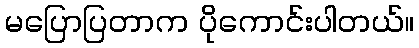
မပြောပြတာက ပိုကောင်းပါတယ်။